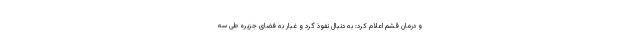
و درمان قشم اعلام کرد: به دنبال نفوذ گرد و غبار به فضای جزیره طی سه